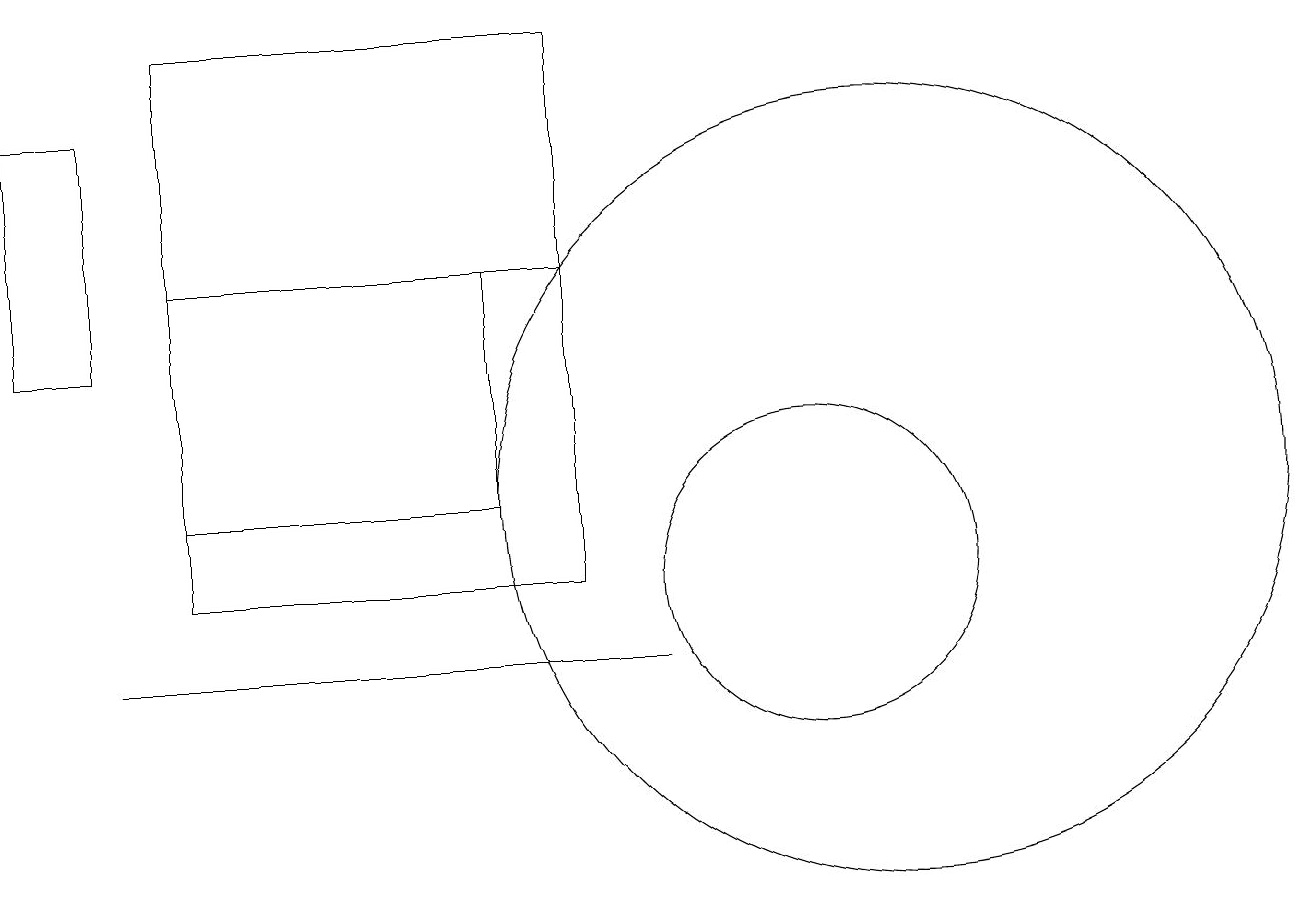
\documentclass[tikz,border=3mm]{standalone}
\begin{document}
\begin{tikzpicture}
\draw (12,12) circle (5);
\draw (3,11) rectangle (8,15);
\draw (8,18) rectangle (3,11);
\draw (11,11) circle (2);
\draw (2,10) rectangle (9,10);
\draw (1,17) rectangle (2,14);
\draw (7,12) rectangle (3,15);
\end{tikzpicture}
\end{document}